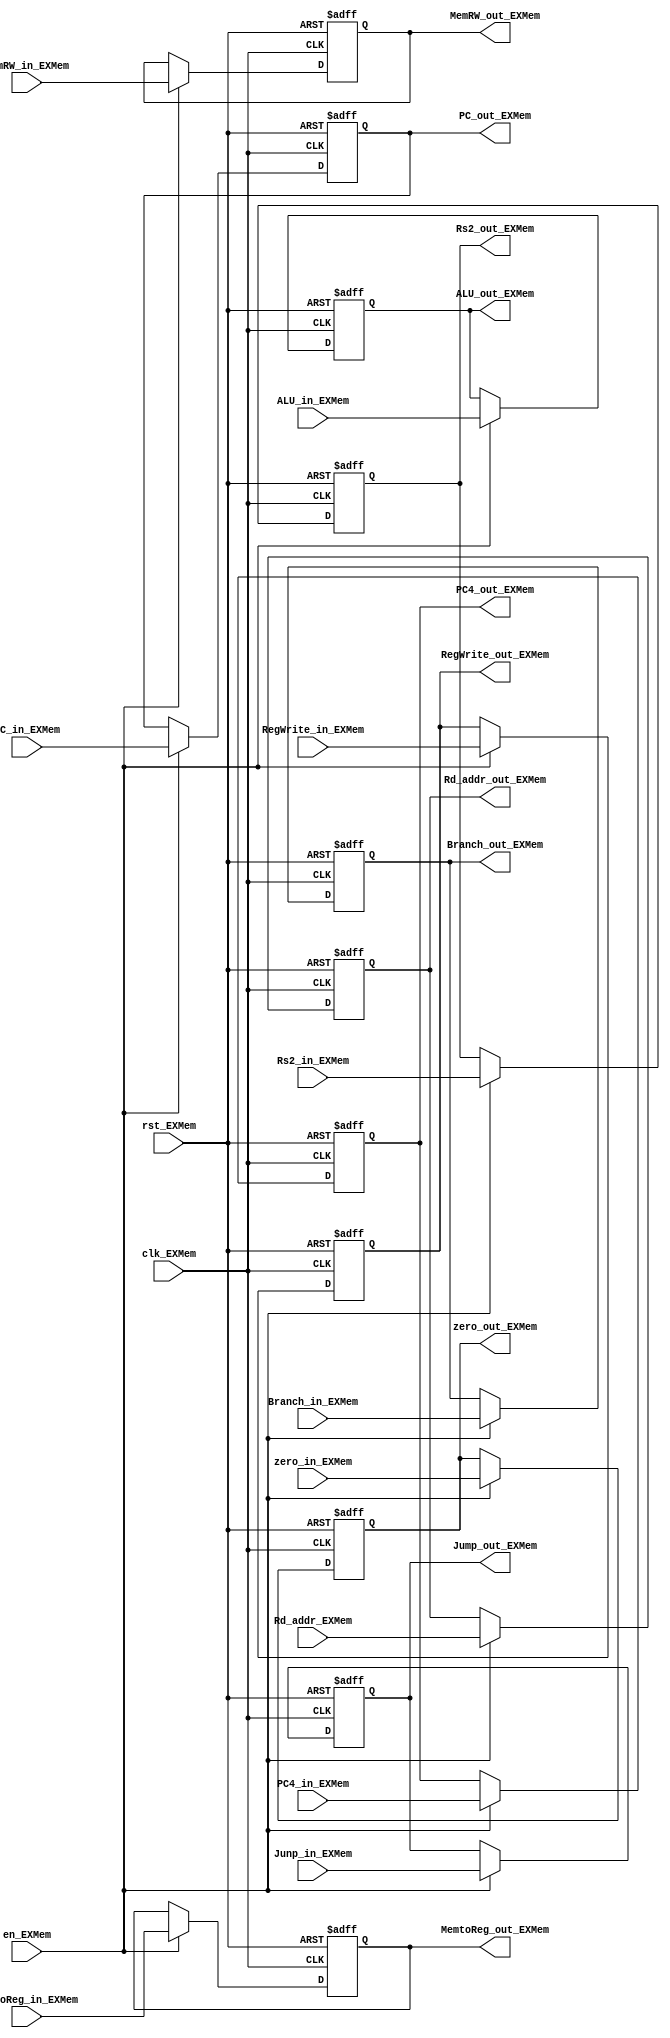
module Ex_reg_Mem(clk_EXMem, rst_EXMem, en_EXMem, PC_in_EXMem, 
  PC4_in_EXMem, Rd_addr_EXMem, zero_in_EXMem, ALU_in_EXMem, Rs2_in_EXMem, Branch_in_EXMem, 
  MemRW_in_EXMem, Junp_in_EXMem, MemtoReg_in_EXMem, RegWrite_in_EXMem, 
  PC_out_EXMem, PC4_out_EXMem, Rd_addr_out_EXMem, zero_out_EXMem, ALU_out_EXMem, 
  Rs2_out_EXMem, Branch_out_EXMem, MemRW_out_EXMem, Jump_out_EXMem, 
  MemtoReg_out_EXMem, RegWrite_out_EXMem);
  input wire clk_EXMem;
  input wire rst_EXMem;
  input wire en_EXMem;
  input wire [31:0]PC_in_EXMem;
  input wire [31:0]PC4_in_EXMem;
  input wire [4:0]Rd_addr_EXMem;
  input wire zero_in_EXMem;
  input wire [31:0]ALU_in_EXMem;
  input wire [31:0]Rs2_in_EXMem;
  input wire [1:0]Branch_in_EXMem;
  input wire MemRW_in_EXMem;
  input wire Junp_in_EXMem;
  input wire [1:0]MemtoReg_in_EXMem;
  input wire RegWrite_in_EXMem;
  output reg [31:0]PC_out_EXMem;
  output reg [31:0]PC4_out_EXMem;
  output reg [4:0]Rd_addr_out_EXMem;
  output reg zero_out_EXMem;
  output reg [31:0]ALU_out_EXMem;
  output reg [31:0]Rs2_out_EXMem;
  output reg [1:0]Branch_out_EXMem;
  output reg MemRW_out_EXMem;
  output reg Jump_out_EXMem;
  output reg [1:0]MemtoReg_out_EXMem;
  output reg RegWrite_out_EXMem;

  always @(negedge clk_EXMem or posedge rst_EXMem) begin
    if(rst_EXMem) begin
      PC_out_EXMem <= 32'b0;
      PC4_out_EXMem <= 32'b0;
      Rd_addr_out_EXMem <= 5'b0;
      zero_out_EXMem <= 1'b0;
      ALU_out_EXMem <= 32'b0;
      Rs2_out_EXMem <= 32'b0;
      Branch_out_EXMem <= 2'b00;
      MemRW_out_EXMem <= 1'b0;
      Jump_out_EXMem <= 1'b0;
      MemtoReg_out_EXMem <= 2'b0;
      RegWrite_out_EXMem <= 1'b0;
    end else if(en_EXMem) begin
      PC_out_EXMem <= PC_in_EXMem;
      PC4_out_EXMem <= PC4_in_EXMem;
      Rd_addr_out_EXMem <= Rd_addr_EXMem;
      zero_out_EXMem <= zero_in_EXMem;
      ALU_out_EXMem <= ALU_in_EXMem;
      Rs2_out_EXMem <= Rs2_in_EXMem;
      Branch_out_EXMem <= Branch_in_EXMem;
      MemRW_out_EXMem <= MemRW_in_EXMem;
      Jump_out_EXMem <= Junp_in_EXMem;
      MemtoReg_out_EXMem <= MemtoReg_in_EXMem;
      RegWrite_out_EXMem <= RegWrite_in_EXMem;
    end    
  end

  
endmodule